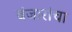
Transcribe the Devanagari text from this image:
बंजारांचा